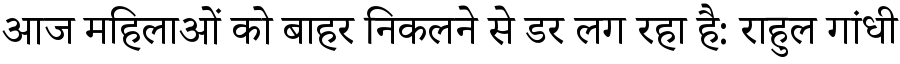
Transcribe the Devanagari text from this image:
आज महिलाओं को बाहर निकलने से डर लग रहा है: राहुल गांधी